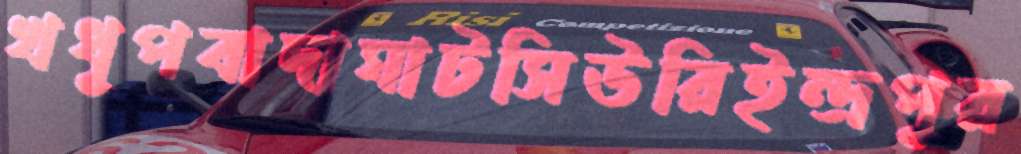
খধূপবাদাঘাটসিউরিইন্দ্রপুর